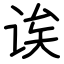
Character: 诶